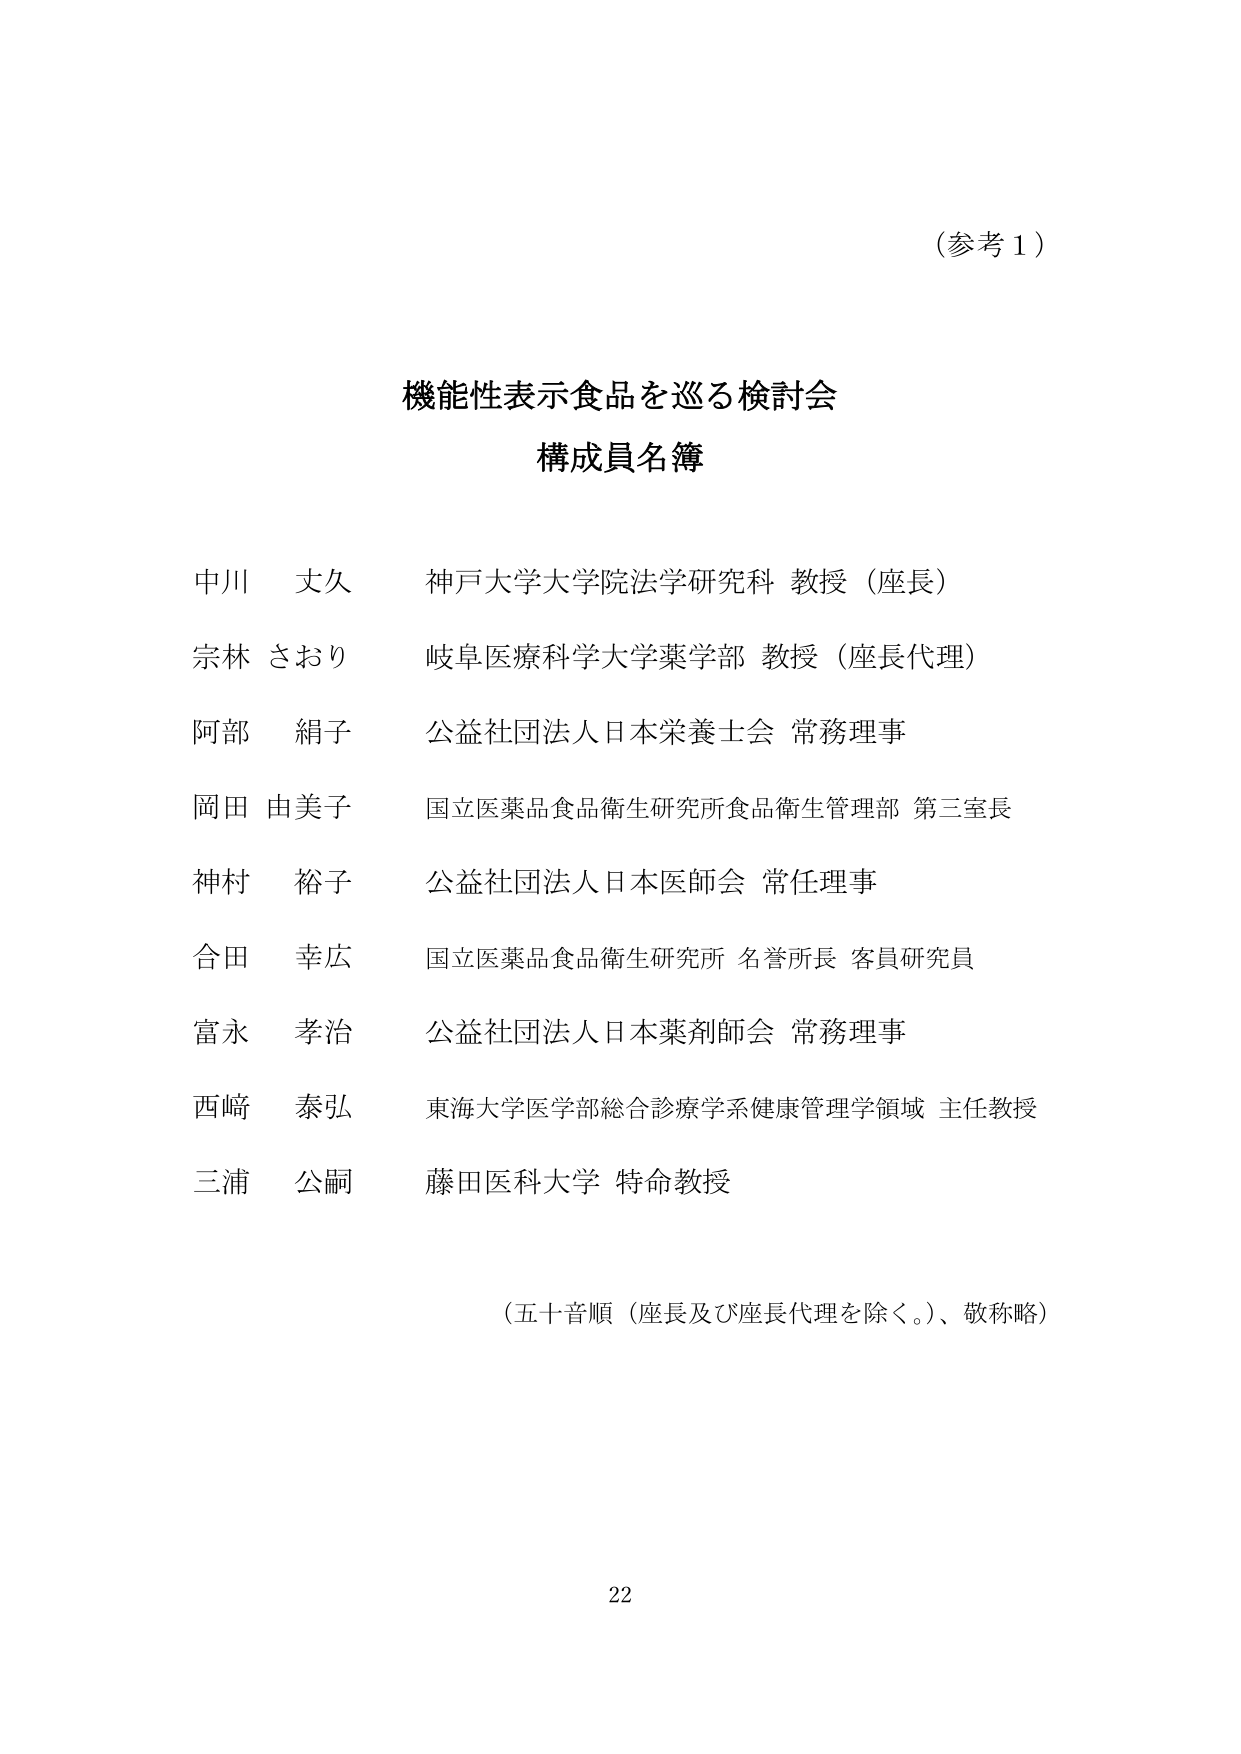
(参考1)

機能性表示食品を巡る検討会
構成員名簿

中川 丈久 神戸大学大学院法学研究科 教授（座長）
宗林 さおり 岐阜医療科学大学薬学部 教授（座長代理）
阿部 絹子 公益社団法人日本栄養士会 常務理事
岡田 由美子 国立医薬品食品衛生研究所食品衛生管理部 第三室長
神村 裕子 公益社団法人日本医師会 常任理事
合田 幸広 国立医薬品食品衛生研究所 名誉所長 客員研究員
富永 孝治 公益社団法人日本薬剤師会 常務理事
西﨑 泰弘 東海大学医学部総合診療学系健康管理学領域 主任教授
三浦 公嗣 藤田医科大学 特命教授

（五十音順（座長及び座長代理を除く。）、敬称略）

22